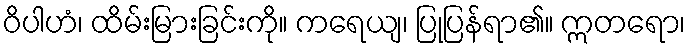
ဝိပါဟံ၊ ထိမ်းမြားခြင်းကို။ ကရေယျ၊ ပြုပြန်ရာ၏။ ဣတရော၊